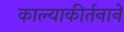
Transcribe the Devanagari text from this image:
काल्याकीर्तनाने